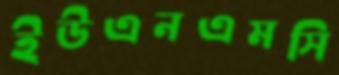
ইউএনএমসি